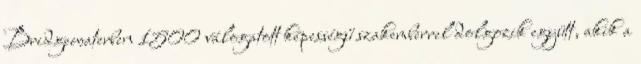
Bridgewaterben 1500 válogatott képességű szakemberrel dolgozik együtt, akik a